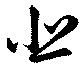
悲